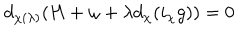
d _ { \chi ( \lambda ) } ( H + \omega + \lambda d _ { \chi } ( i _ { \chi } g ) ) = 0